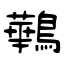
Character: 鷨